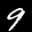
Label: 9